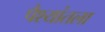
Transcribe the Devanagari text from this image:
पैश्‍यांतला